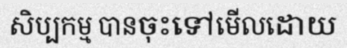
សិប្បកម្ម បានចុះទៅមើលដោយ